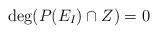
LaTeX: \begin{align*}\deg(P(E_I)\cap Z)=0\end{align*}